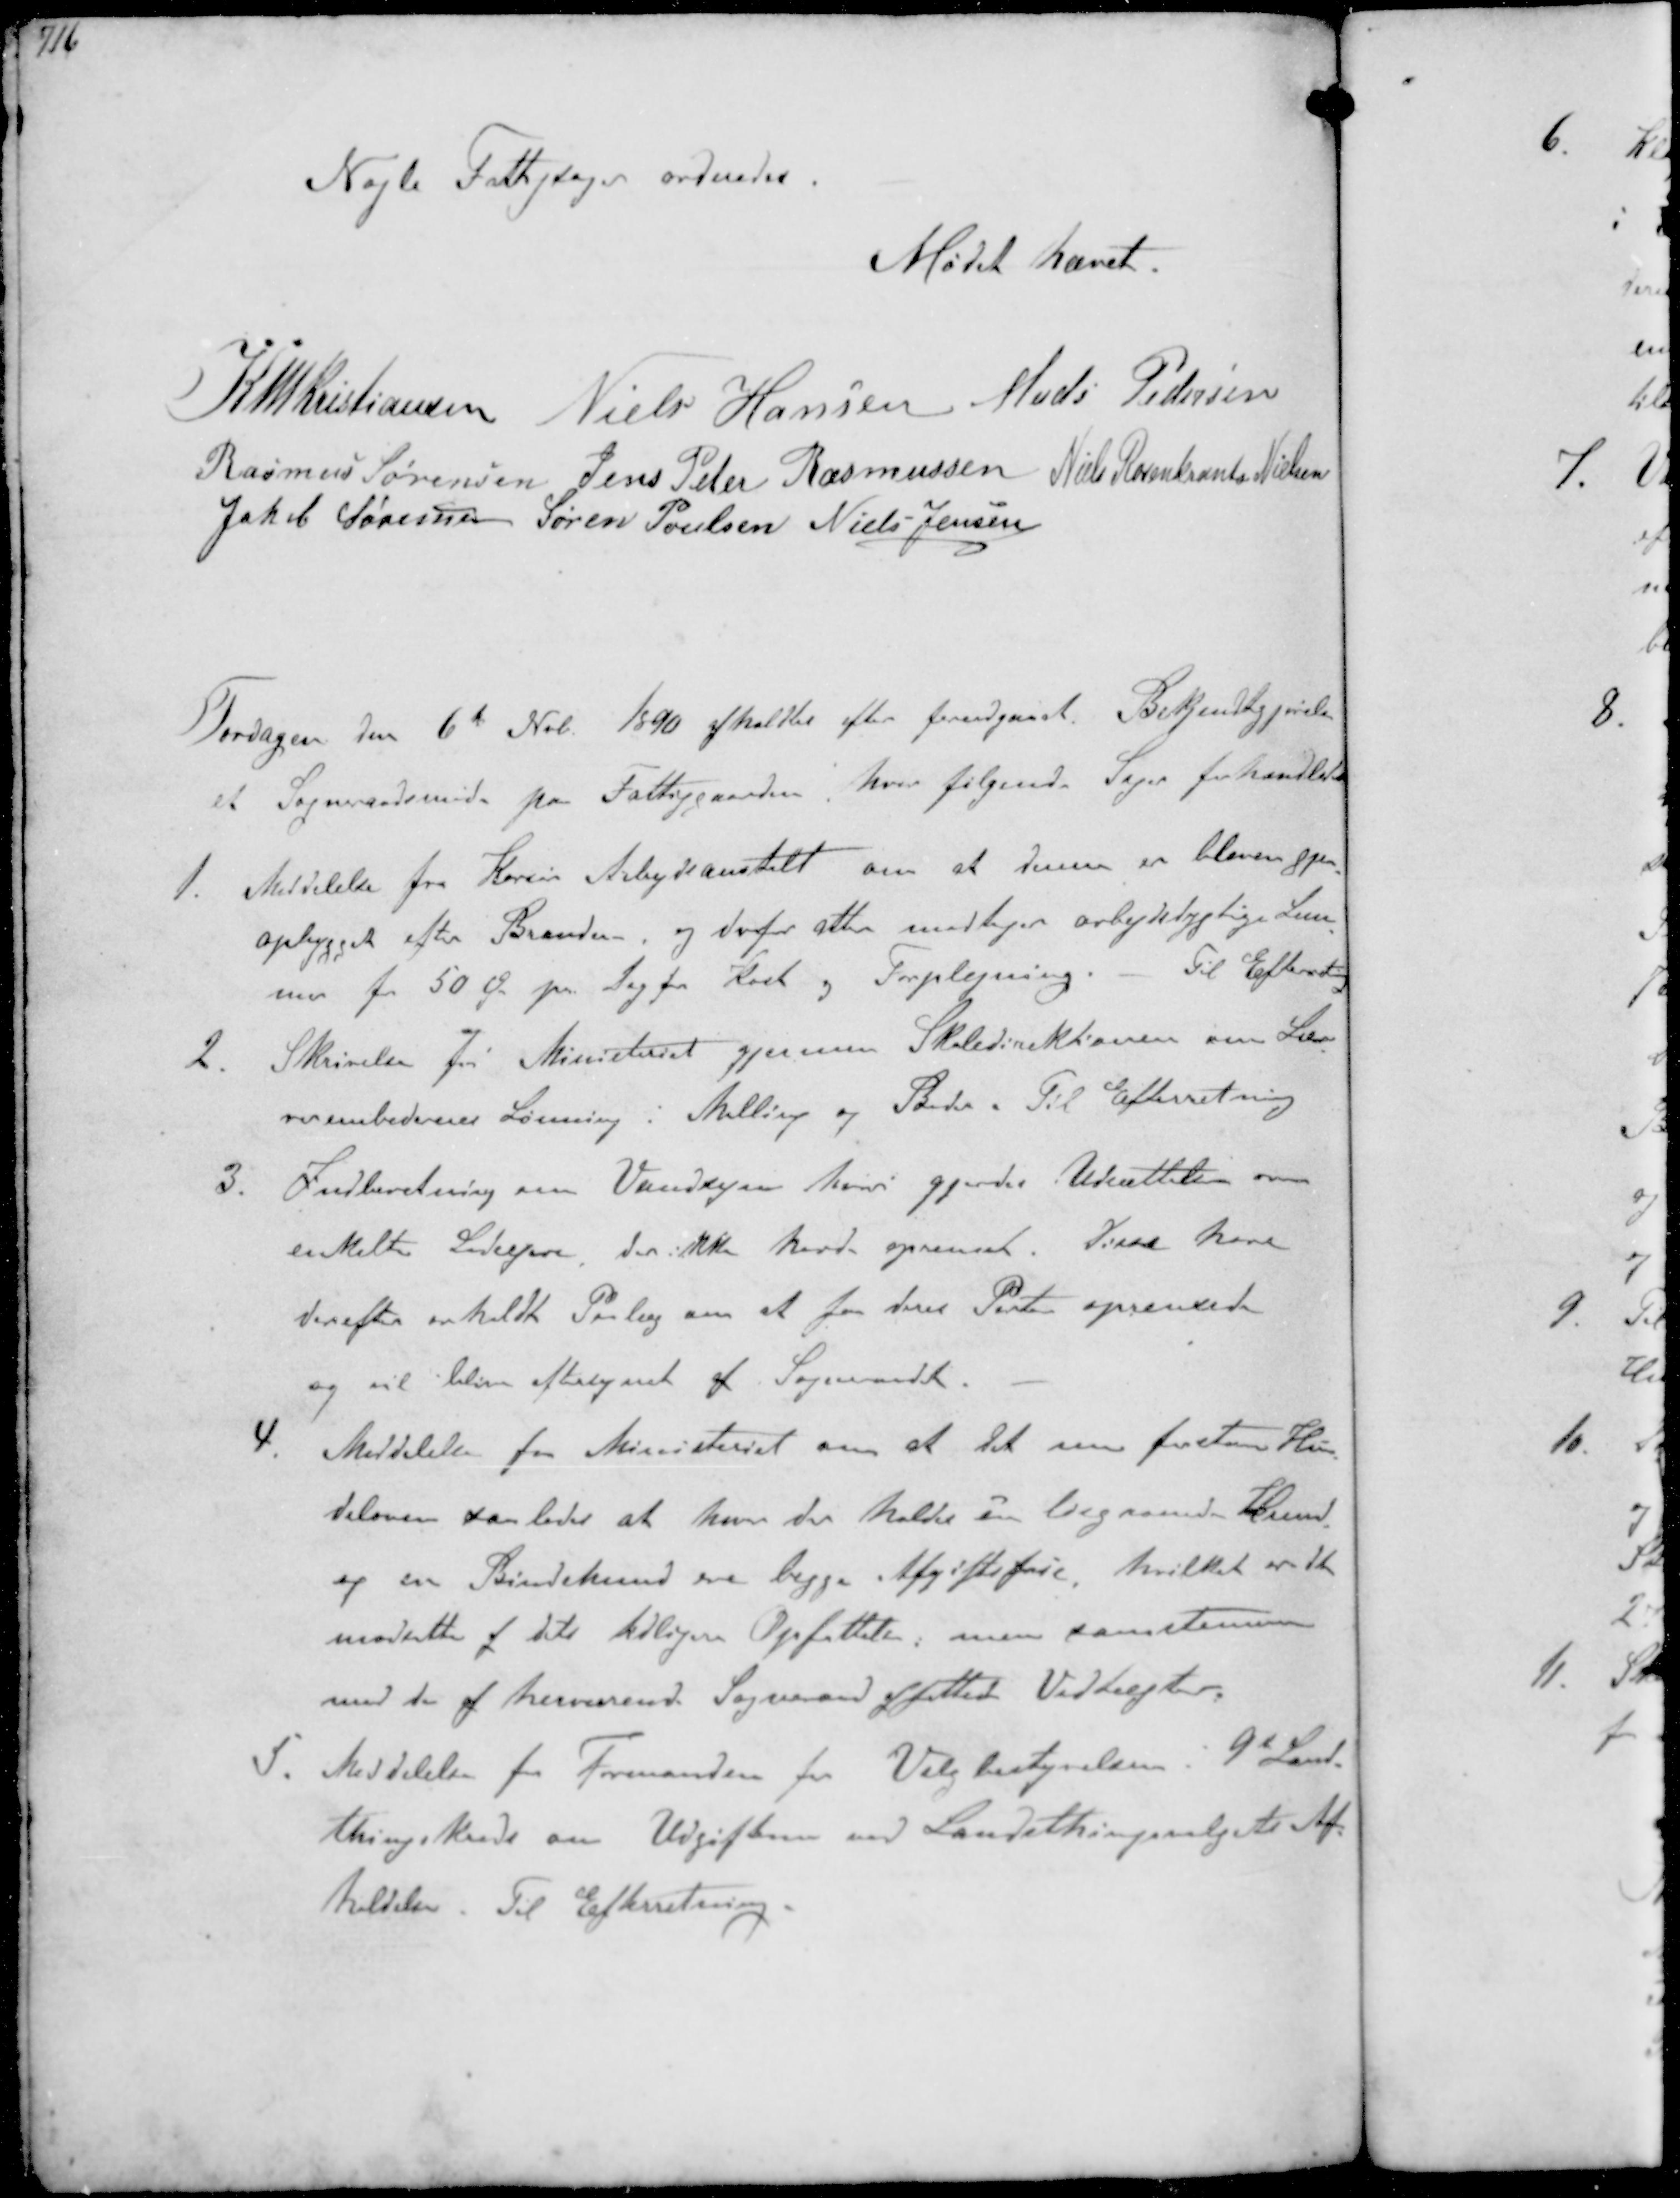
Transskription:
Nogle Fattigsager ordnedes

Mødet hævet

K N M Kristiansen Niels Hansen Mads Pedersen
Rasmus Sørensen Jens Peter Rasmussen Niels Rosenkrands Nielsen
Jakob Sørensen Søren Poulsen Niels Jensen

Torsdagen den 6te Nvb. 1890 afholdtes efter forudgaaet. Bekjendtgjørelse
et Sogneraadsmøde paa Fattiggaarden hvor følgende Sager forhandledes
1. Meddelelse fra Korsøn Arbejdsanstalt om at denne er bleven gjen-
opbygget efter Branden- og derfor atter modtager arbejdsdygtige Lem-
mer for 50 Ø pr. Dag for Kost og Forplejning. Til Efterretning
2. Skrivelse fr Ministeriet gjennem Skoledirektionen om Læ-
rerembedernes Lønning i Malling og Beder Til Efterretning
3. Indberetning om Vandsyn hvori gjordes Udsættelse om
enkelte Lodsejere der ikke havde oprenset. Disse have
derefter enholdt Paalæg om at faa deres Part oprenset
og vil blive aftersynet af Sogneraadet.
4. Meddelelse fra Ministeriet om at det nu forstaar Hun-
deloven saaledes at hvor der holdes en løsgaaende Hund
og en Bindehund ere begge Afgiftsfrie hvilket er det
modsatte af dets tidligere Opfattelse, men samstemmen
med de af herværende Sogneraad affattede Vedtægter.
5. Meddelelse fra Formanden for Valgbestyrelsen i 9d Lands-
thingskreds om Udgiftern ved Landsthingsvalgets Af-
holdelse. Til Efterretning